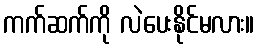
ကက်ဆက်ကို လဲပေးနိုင်မလား။